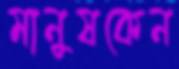
মানুষকেন